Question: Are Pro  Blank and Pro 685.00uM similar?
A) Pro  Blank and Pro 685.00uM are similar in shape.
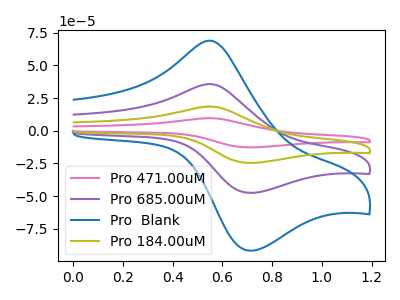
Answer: <think>The pink curve "Pro 471.00uM" has an anodic peak at (0.55V, 107.00uA) and a cathodic peak at (0.70V, -142.70uA). The purple curve "Pro 685.00uM" has an anodic peak at (0.55V, 35.65uA) and a cathodic peak at (0.70V, -47.55uA). The blue curve "Pro  Blank" has an anodic peak at (0.55V, 68.85uA) and a cathodic peak at (0.70V, -91.80uA). The olive curve "Pro 184.00uM" has an anodic peak at (0.55V, 71.35uA) and a cathodic peak at (0.70V, -95.15uA).
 All the peaks in "Pro  Blank" have a peak in "Pro 685.00uM" at the same potential. Every peak in "Pro  Blank" is higher than every peak in "Pro 685.00uM".</think>
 <answer>A) "Pro  Blank" and "Pro 685.00uM" are similar in shape.</answer>
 <eval>A</eval>